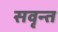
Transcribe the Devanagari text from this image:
सवृन्त